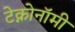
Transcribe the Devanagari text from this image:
टेक्नोनॉमी